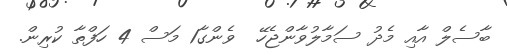
ބާސެލް އާއި މެދު ސަމާލުވާންޖެހޭ  ވެންގާ1 މަސް 4 ހަފްތާ ކުރިން.